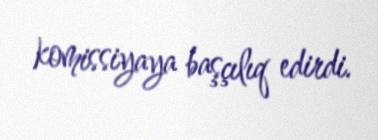
komissiyaya başçılıq edirdi.